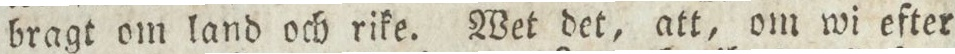
bragt om land och rike. Wet det, att, om wi efter